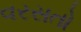
વરસતો